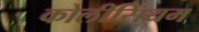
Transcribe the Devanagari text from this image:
कोलीसियम